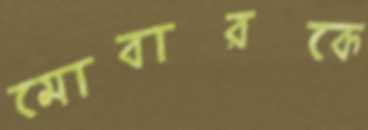
মোবারকে